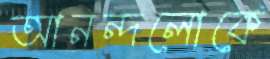
আনন্দলোকে